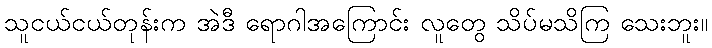
သူငယ်ငယ်တုန်းက အဲဒီ ရောဂါအကြောင်း လူတွေ သိပ်မသိကြ သေးဘူး။